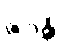
ဇဂ္ဂန္တိ